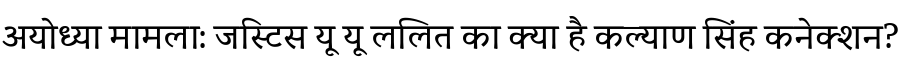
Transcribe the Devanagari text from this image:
अयोध्या मामला: जस्टिस यू यू ललित का क्या है कल्याण सिंह कनेक्शन?